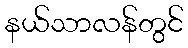
နယ်သာလန်တွင်